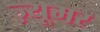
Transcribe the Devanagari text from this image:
ज़्यूमर